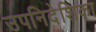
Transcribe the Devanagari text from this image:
उपनिदेशिका